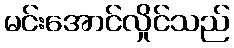
မင်းအောင်လှိုင်သည်